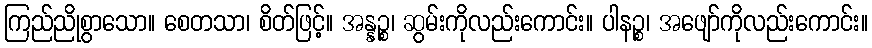
ကြည်ညိုစွာသော။ စေတသာ၊ စိတ်ဖြင့်။ အန္နဉ္စ၊ ဆွမ်းကိုလည်းကောင်း။ ပါနဉ္စ၊ အဖျော်ကိုလည်းကောင်း။